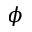
\phi